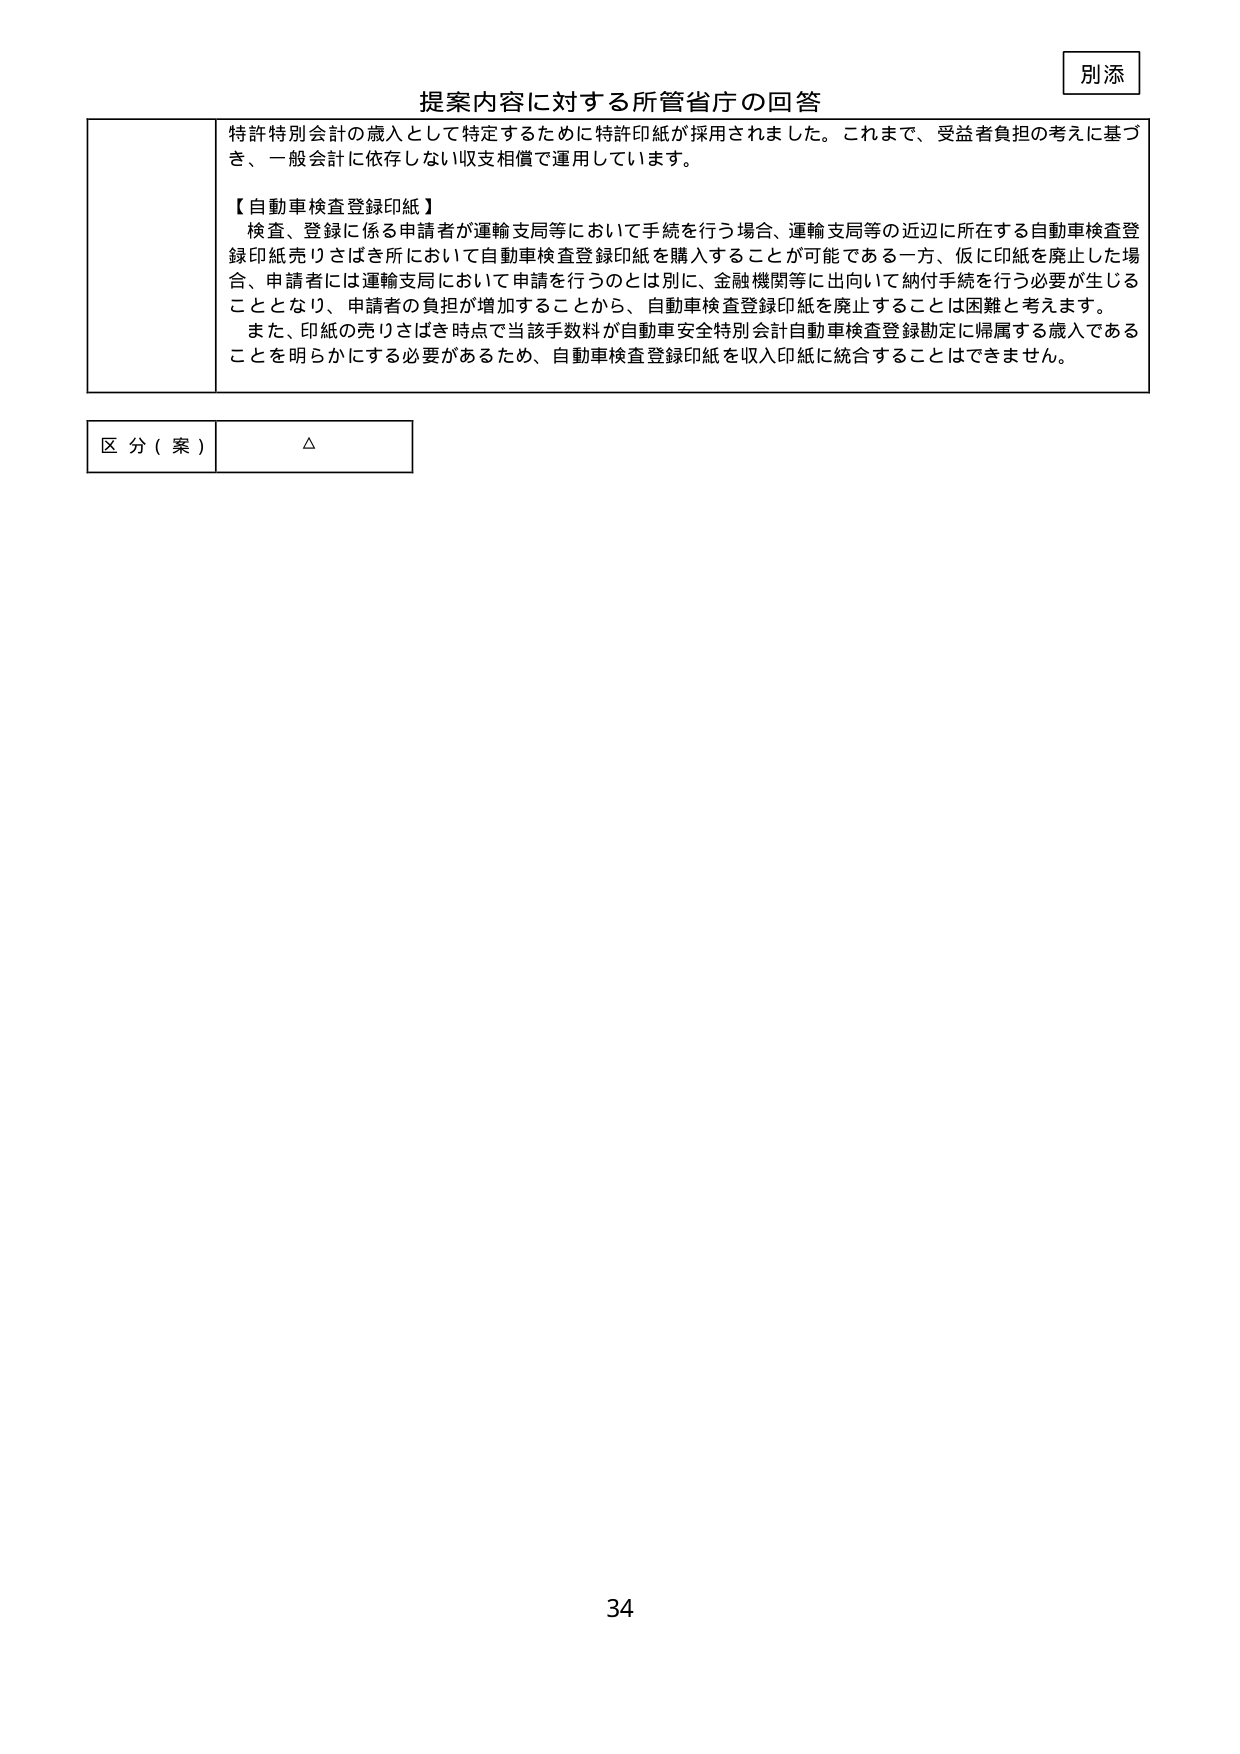
別添

提案内容に対する所管省庁の回答

特許特別会計の歳入として特定するために特許印紙が採用されました。これまで、受益者負担の考えに基づき、一般会計に依存しない収支相償で運用しています。

【自動車検査登録印紙】
検査、登録に係る申請者が運輸支局等において手続を行う場合、運輸支局等の近辺に所在する自動車検査登録印紙売りさばき所において自動車検査登録印紙を購入することが可能である一方、仮に印紙を廃止した場合、申請者には運輸支局において申請を行うのとは別に、金融機関等に出向いて納付手続を行う必要が生じることとなり、申請者の負担が増加することから、自動車検査登録印紙を廃止することは困難と考えます。
また、印紙の売りさばき時点で当該手数料が自動車安全特別会計自動車検査登録勘定に帰属する歳入であることを明らかにする必要があるため、自動車検査登録印紙を収入印紙に統合することはできません。

区分（案）　△

34